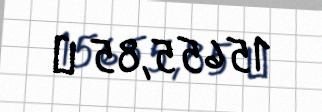
15655,85 ₼